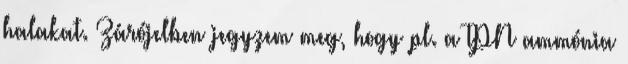
halakat. Zárójelben jegyzem meg, hogy pl. a TPN ammónia